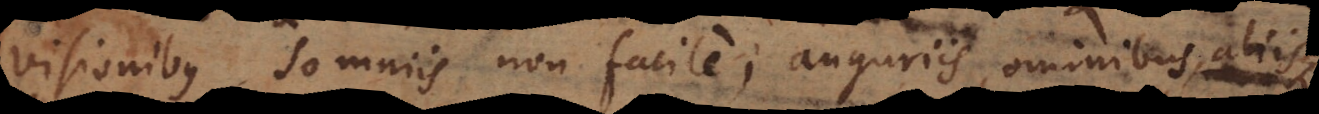
visionibus, somniis non facile, auguriis, ominibus, aliisque